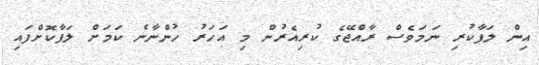
އިން ލަފާކުރި ނަމަވެސް ރާއްޖޭގެ ކުރިއެރުން މި އަހަރު ހުންނާނެ ކަމަށް ލަފާކޮށްފައި